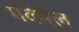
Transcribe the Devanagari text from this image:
गवेर्नल